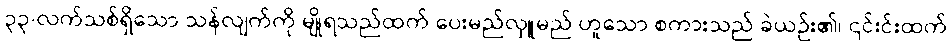
၃၃-လက်သစ်ရှိသော သန်လျက်ကို မျိုရသည်ထက် ပေးမည်လှူမည် ဟူသော စကားသည် ခဲယဉ်း၏၊ ၎င်းင်းထက်